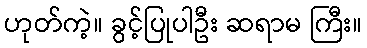
ဟုတ်ကဲ့။ ခွင့်ပြုပါဦး ဆရာမ ကြီး။